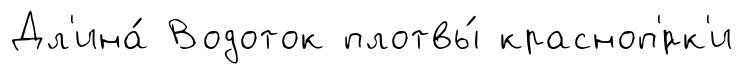
Дл'ина́ Водоток плотвы́ красноп'́рк'и